Leaving Certificate Examination (including Day School Certificate (Higher) General paper), 1927
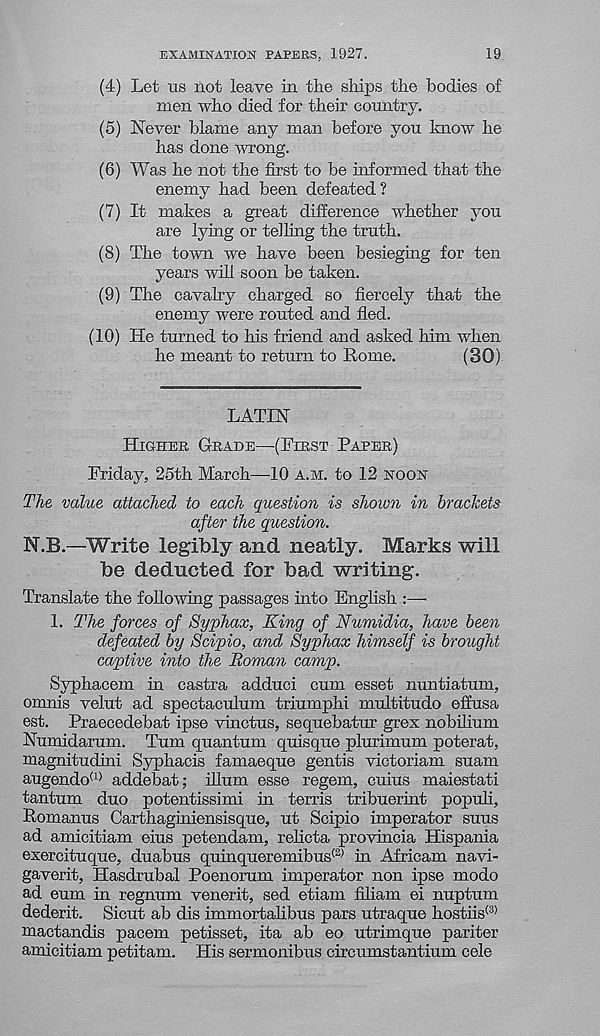
EXAMINATION PAPEES, 1927.
19
(4) Let tis not leave in the ships the bodies of
men who died for their country.
(5) Never blame any man before you know he
has done wrong.
(6) Was he not the first to be informed that the
enemy had been defeated ?
(7) It makes a great difference whether you
are lying or telling the truth.
(8) The town we have been besieging for ten
years will soon be taken.
(9) The cavalry charged so fiercely that the
enemy were routed and fled.
(10)
He turned to his friend and
he meant to return to Rome.
(30)
LATIN
HIGHER GRADE—(FIRST PAPER)
Friday, 25th March—10 A.M. to 12 HOOH
The value attached to each question is shown in brackets
after the question.
N.B.—Write legibly and neatly. Marks will
be deducted for bad writing.
Translate the following passages into English :—•
1. The forces of Syphax, King of Numidia, have been
defeated by Scipio, and Syphax himself is brought
captive into the Roman camp.
Syphacem in castra adduci cum esset nuntiatum,
omnis velut ad spectaculum triumphi multitudo effusa
est. Praecedebat ipse vinctus, sequebatur grex nobilium
Numidarum. Turn quantum quisque plurimum poterat,
magnitudini Syphacis famaeque gentis victoriam suam
augendo (1) addebat; ilium esse regem, cuius maiestati
tantum duo potentissimi in terris tribuerint populi,
Romanus Carthagmiensisque, ut Scipio imperator suns
ad amicitiam eius petendam, relicta provincia Hispania
exercituque, duabus qumqueremibus (2) in Africam navi-
gaverit, Hasdrubal Poenorum imperator non ipse modo
ad eum in regnum venerit, sed etiam fiham ei nuptum
dederit. Sicut ab dis immortalibus pars utraque hostiis (3)
mactandis pacem petisset, ita ab eo utrimque pariter
amicitiam petitam. His sermonibus circumstantium cele